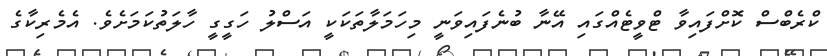
ކްރެބްސް ކޮށްފައިވާ ޓްވީޓެއްގައި އޭނާ ބުނެފައިވަނީ މިހަމަލާތަކަކީ އަސްލު ހަގީގީ ހާލަތުކަމަށެވެ. އެމެރިކާގެ